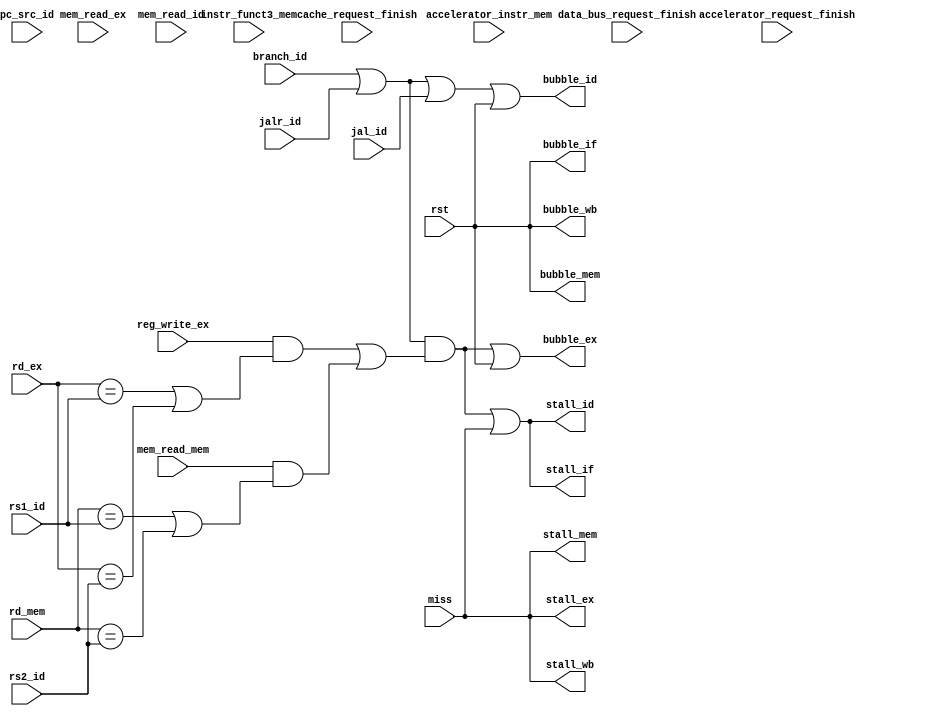
module Hazard_Detect_Unit(
    input rst,
    input pc_src_id,jal_id,jalr_id,branch_id,
    input [4:0] rs1_id,rs2_id,
    input [4:0] rd_mem, rd_ex,
    input mem_read_ex, mem_read_mem, reg_write_ex, mem_read_id,
	input miss,
	input data_bus_request_finish,
	input cache_request_finish,
    output stall_if, bubble_if,
    output stall_id, bubble_id,
    output stall_ex, bubble_ex,
    output stall_mem, bubble_mem,
    output stall_wb, bubble_wb,
	//for ISA extend
	input [2:0] instr_funct3_mem,
	input accelerator_instr_mem,
	input accelerator_request_finish
);
	wire stall;
	wire bubble; 

    // assign stall = ((mem_read_ex&&((rd_ex == rs1_id )||(rd_ex == rs2_id)))//load_use stall
	// ||(branch_id&&((rd_mem == rs1_id )||(rd_mem == rs2_id)||(rd_ex == rs1_id )||(rd_ex == rs2_id)))//branch stall
	// ||(jalr_id&&((rd_mem == rs1_id )||(rd_ex == rs1_id))&&(rs1_id!=0)));//jalr stall

	//assign stall = (branch_id || jalr_id) && ((reg_write_ex&&((rd_ex == rs1_id )||(rd_ex == rs2_id)))||(mem_read_mem&&((rd_mem == rs1_id)||(rd_mem == rs2_id))));
	assign stall = ((branch_id || jalr_id) && ((reg_write_ex&&((rd_ex == rs1_id )||(rd_ex == rs2_id)))||(mem_read_mem&&((rd_mem == rs1_id)||(rd_mem == rs2_id)))));
	//||(mem_read_ex&&((rd_ex == rs1_id)||(rd_ex == rs2_id)))
	assign bubble = (branch_id || jalr_id || jal_id);

	assign stall_if = stall||miss;
	assign stall_id = stall||miss;//对if与id进行stall
	// assign stall_ex = 1'b0;
	// assign stall_mem = 1'b0;
	// assign stall_wb = 1'b0;
	assign stall_ex = miss;
	assign stall_mem = miss;
	assign stall_wb = miss;
	
	assign bubble_if = 1'b0 || rst;
	assign bubble_id = bubble || rst;
	assign bubble_ex = stall || rst;
	assign bubble_mem = 1'b0 || rst;
	assign bubble_wb = 1'b0 || rst;

endmodule